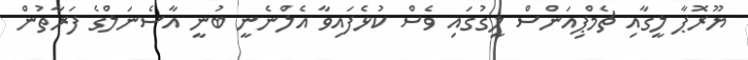
ޔޫރޮޕާ ލީގާއި ޗެމްޕިއަންސް ލީގުގައި ވެސް ކުޅެފައިވާ އެލްނެނީ ބުނީ އާސެނަލްގެ ފަރާތުން